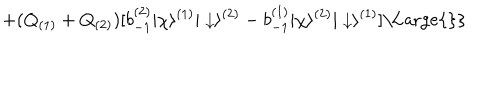
LaTeX: + ( Q _ { ( 1 ) } + Q _ { ( 2 ) } ) [ b _ { - 1 } ^ { ( 2 ) } | \chi \rangle ^ { ( 1 ) } | \downarrow \rangle ^ { ( 2 ) } - b _ { - 1 } ^ { ( 1 ) } | \chi \rangle ^ { ( 2 ) } | \downarrow \rangle ^ { ( 1 ) } ] \mathrm { \Large { \} } }